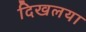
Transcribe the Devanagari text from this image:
दिखलया